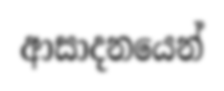
ආසාදනයෙන්